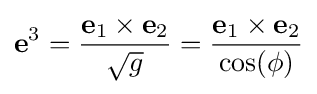
\mathbf {e} ^{3}={\frac {\mathbf {e} _{1}\times \mathbf {e} _{2}}{\sqrt {g}}}={\frac {\mathbf {e} _{1}\times \mathbf {e} _{2}}{\cos(\phi )}}